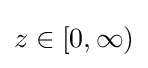
z\in \left[0,\infty \right)